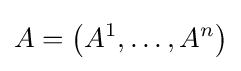
A=\left(A^{1},\dots ,A^{n}\right)